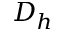
D _ { h }